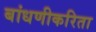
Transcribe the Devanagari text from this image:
बांधणीकरिता